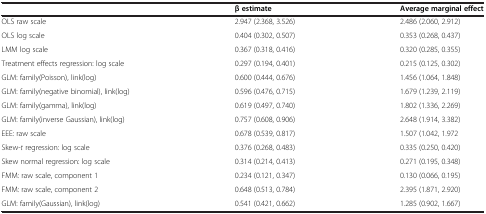
<table><thead><tr><td><b> </b></td><td><b>β estimate</b></td><td><b>Average marginal effect</b></td></tr></thead><tbody><tr><td>OLS raw scale</td><td>2.947 (2.368, 3.526)</td><td>2.486 (2.060, 2.912)</td></tr><tr><td>OLS log scale</td><td>0.404 (0.302, 0.507)</td><td>0.353 (0.268, 0.437)</td></tr><tr><td>LMM log scale</td><td>0.367 (0.318, 0.416)</td><td>0.320 (0.285, 0.355)</td></tr><tr><td>Treatment effects regression: log scale</td><td>0.297 (0.194, 0.401)</td><td>0.215 (0.125, 0.302)</td></tr><tr><td>GLM: family(Poisson), link(log)</td><td>0.600 (0.444, 0.676)</td><td>1.456 (1.064, 1.848)</td></tr><tr><td>GLM: family(negative binomial), link(log)</td><td>0.596 (0.476, 0.715)</td><td>1.679 (1.239, 2.119)</td></tr><tr><td>GLM: family(gamma), link(log)</td><td>0.619 (0.497, 0.740)</td><td>1.802 (1.336, 2.269)</td></tr><tr><td>GLM: family(inverse Gaussian), link(log)</td><td>0.757 (0.608, 0.906)</td><td>2.648 (1.914, 3.382)</td></tr><tr><td>EEE: raw scale</td><td>0.678 (0.539, 0.817)</td><td>1.507 (1.042, 1.972</td></tr><tr><td>Skew-<i>t</i> regression: log scale</td><td>0.376 (0.268, 0.483)</td><td>0.335 (0.250, 0.420)</td></tr><tr><td>Skew normal regression: log scale</td><td>0.314 (0.214, 0.413)</td><td>0.271 (0.195, 0.348)</td></tr><tr><td>FMM: raw scale, component 1</td><td>0.234 (0.121, 0.347)</td><td>0.130 (0.066, 0.195)</td></tr><tr><td>FMM: raw scale, component 2</td><td>0.648 (0.513, 0.784)</td><td>2.395 (1.871, 2.920)</td></tr><tr><td>GLM: family(Gaussian), link(log)</td><td>0.541 (0.421, 0.662)</td><td>1.285 (0.902, 1.667)</td></tr></tbody></table>